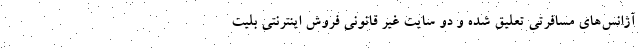
آژانس‌های مسافرتی تعلیق شده و دو سایت غیر قانونی فروش اینترنتی بلیت